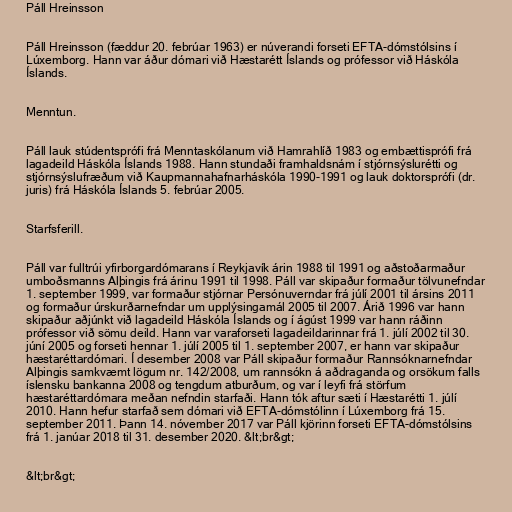
Páll Hreinsson

Páll Hreinsson (fæddur 20. febrúar 1963) er núverandi forseti EFTA-dómstólsins í
Lúxemborg. Hann var áður dómari við Hæstarétt Íslands og prófessor við Háskóla
Íslands.

Menntun.

Páll lauk stúdentsprófi frá Menntaskólanum við Hamrahlíð 1983 og embættisprófi frá
lagadeild Háskóla Íslands 1988. Hann stundaði framhaldsnám í stjórnsýslurétti og
stjórnsýslufræðum við Kaupmannahafnarháskóla 1990-1991 og lauk doktorsprófi (dr.
juris) frá Háskóla Íslands 5. febrúar 2005.

Starfsferill.

Páll var fulltrúi yfirborgardómarans í Reykjavík árin 1988 til 1991 og aðstoðarmaður
umboðsmanns Alþingis frá árinu 1991 til 1998. Páll var skipaður formaður tölvunefndar
1. september 1999, var formaður stjórnar Persónuverndar frá júlí 2001 til ársins 2011
og formaður úrskurðarnefndar um upplýsingamál 2005 til 2007. Árið 1996 var hann
skipaður aðjúnkt við lagadeild Háskóla Íslands og í ágúst 1999 var hann ráðinn
prófessor við sömu deild. Hann var varaforseti lagadeildarinnar frá 1. júlí 2002 til 30.
júní 2005 og forseti hennar 1. júlí 2005 til 1. september 2007, er hann var skipaður
hæstaréttardómari. Í desember 2008 var Páll skipaður formaður Rannsóknarnefndar
Alþingis samkvæmt lögum nr. 142/2008, um rannsókn á aðdraganda og orsökum falls
íslensku bankanna 2008 og tengdum atburðum, og var í leyfi frá störfum
hæstaréttardómara meðan nefndin starfaði. Hann tók aftur sæti í Hæstarétti 1. júlí
2010. Hann hefur starfað sem dómari við EFTA-dómstólinn í Lúxemborg frá 15.
september 2011. Þann 14. nóvember 2017 var Páll kjörinn forseti EFTA-dómstólsins
frá 1. janúar 2018 til 31. desember 2020. &lt;br&gt;

&lt;br&gt;